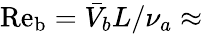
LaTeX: \mathrm{Re_{b}}=\bar{V}_{b}L/\nu_{a}\approx